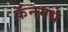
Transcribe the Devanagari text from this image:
कॅनमधे